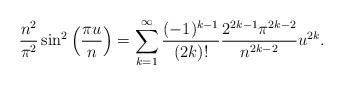
LaTeX: \begin{align*}\frac{n^2}{\pi^2} \sin^2\left(\frac{\pi u}{n}\right)=\sum_{k=1}^\infty \frac{(-1)^{k-1}}{(2k)!}\frac{2^{2k-1}\pi^{2k-2}}{n^{2k-2}}u^{2k}.\end{align*}